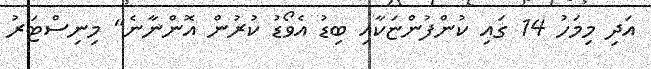
އަދި މިމަހު 14 ގައި ކުންފުންޏަކާއި ބިޑު އެވޯޑު ކުރުން އޮންނާނެ" މިނިސްޓަރު